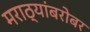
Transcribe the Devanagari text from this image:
मराठ्यांबरोबर